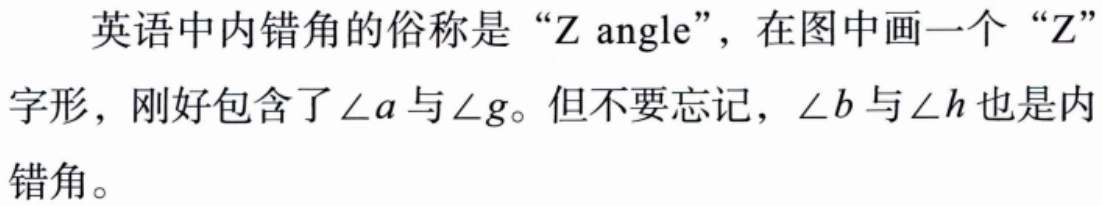
英语中内错角的俗称是 “Z angle”，在图中画一个 “Z”字形，刚好包含了$\angle a$与$\angle g$。但不要忘记，$\angle b$与$\angle h$也是内错角。